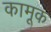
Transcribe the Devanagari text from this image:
कामूक